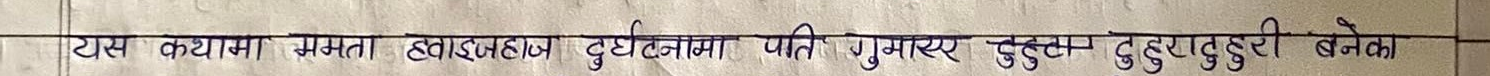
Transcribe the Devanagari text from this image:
यस कथामा क्षमता हवाईज दुर्घटनामा पति गुमाएर दुहुरादुहुरी बनेका